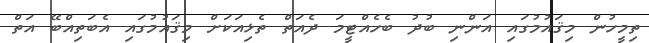
ތިމީހުން މިޤައުމުގައި އަންނި ބުދު ބެހެއްޓީމަ ދެއަތް ތެޅިއަކަށް މިޤައުމުގައި އެބަތިއްބޭ އަތް